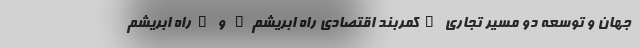
جهان و توسعهٔ دو مسیر تجاری "کمربند اقتصادی راه ابریشم" و "راه ابریشم